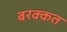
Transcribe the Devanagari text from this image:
बरक्कत